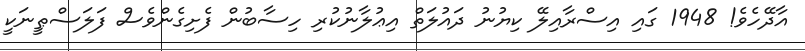
އާދޭހެވެ! 1948 ގައި އިސްރާއިލޭ ކިޔުނު ދައުލަތް އިޢުލާނުކުރި ހިސާބުން ފެށިގެންވެސް ފަލަސްޠީނަކީ